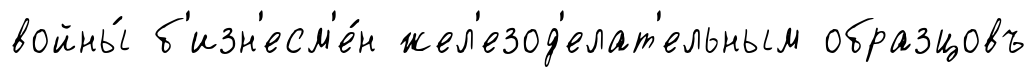
войны́ б'изн'есм'е́н жел'езод'елат'ельным образцовъ